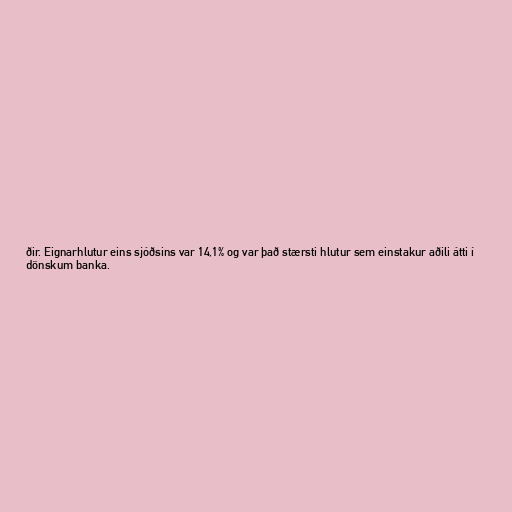
ðir. Eignarhlutur eins sjóðsins var 14,1% og var það stærsti hlutur sem einstakur aðili átti í
dönskum banka.